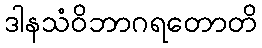
ဒါနသံဝိဘာဂရတောတိ